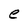
Character: e